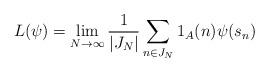
LaTeX: \begin{align*} L(\psi) = \lim_{N \to \infty} \frac{1}{|J_N|} \sum_{n \in J_N} 1_A(n) \psi(s_n)\end{align*}